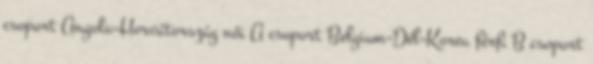
csoport Angola–Horvátország női A csoport Belgium–Dél-Korea férfi B csoport